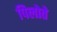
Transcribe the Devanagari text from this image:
पिलोते